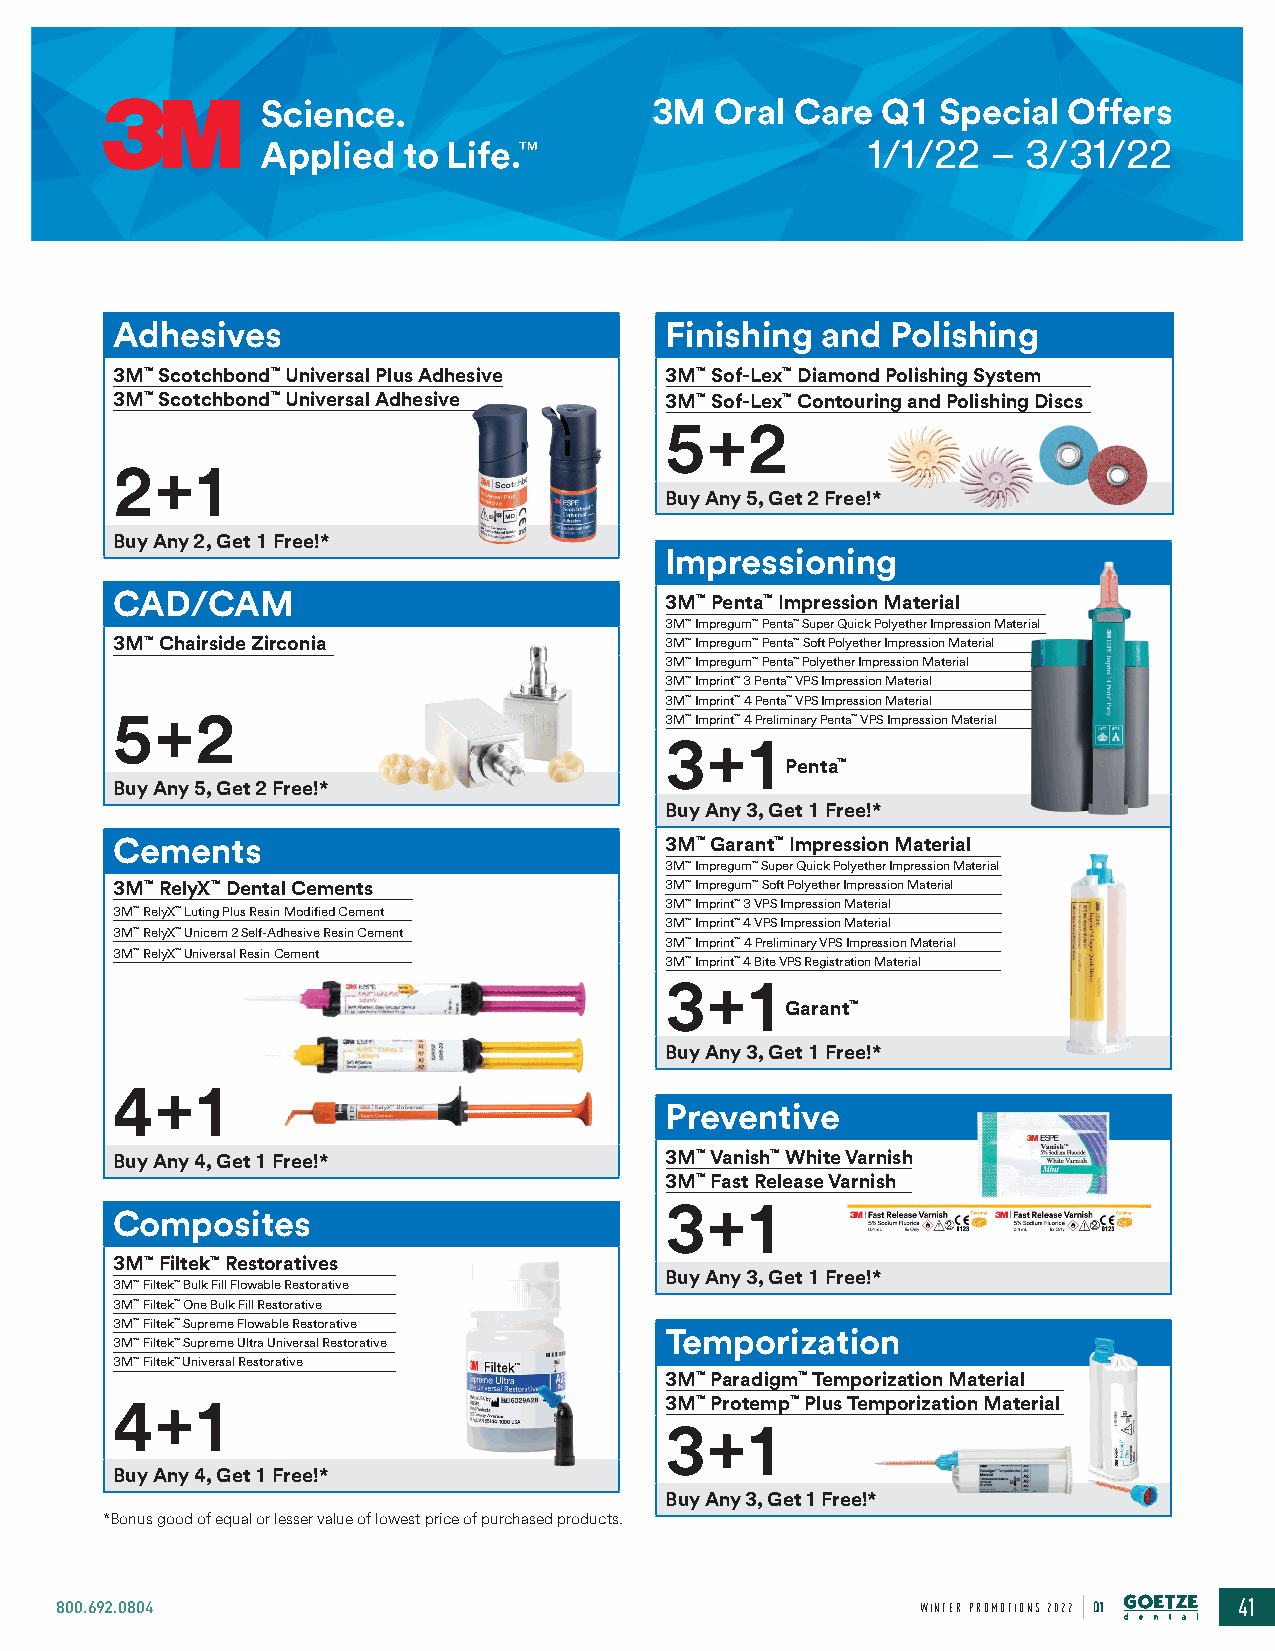
3M   Oral Care  Q1 Special  Offers
 1/1/22  – 3/31/22
 Adhesives                           Finishing  and Polishing
 3M™ Scotchbond™ Universal Plus Adhesive 3M™ Sof-Lex™ Diamond Polishing System
 3M™ Scotchbond™ Universal Adhesive  3M™ Sof-Lex™ Contouring and Polishing Discs
 5+2
 2+1
 Buy Any 5, Get 2 Free!*
 Buy Any 2, Get 1 Free!*
 Impressioning
 CAD/CAM                             3M™ Penta™ Impression Material
 3M™ Impregum™ Penta™ Super Quick Polyether Impression Material
 3M™ Chairside Zirconia              3M™ Impregum™ Penta™ Soft Polyether Impression Material
 3M™ Impregum™ Penta™ Polyether Impression Material
 3M™ Imprint™ 3 Penta™ VPS Impression Material
 3M™ Imprint™ 4 Penta™ VPS Impression Material
 5+2                                 3M™ Imprint™ 4 Preliminary Penta™ VPS Impression Material
 3+1
 Penta™
 Buy Any 5, Get 2 Free!*
 Buy Any 3, Get 1 Free!*
 Cements                             3M™ Garant™ Impression Material
 3M™ Impregum™ Super Quick Polyether Impression Material
 3M™ RelyX™ Dental Cements           3M™ Impregum™ Soft Polyether Impression Material
 3M™ Imprint™ 3 VPS Impression Material
 3M™ RelyX™ Luting Plus Resin Modified Cement
 3M™ Imprint™ 4 VPS Impression Material
 3M™ RelyX™ Unicem 2 Self-Adhesive Resin Cement
 3M™ Imprint™ 4 Preliminary VPS Impression Material
 3M™ RelyX™ Universal Resin Cement
 3M™ Imprint™ 4 Bite VPS Registration Material
 3+1
 Garant™
 Buy Any 3, Get 1 Free!*
 4+1
 Preventive
 Buy Any 4, Get 1 Free!*             3M™ Vanish™ White Varnish
 3M™ Fast Release Varnish
 3+1
 Composites
 3M™ Filtek™ Restoratives
 Buy Any 3, Get 1 Free!*
 3M™ Filtek™ Bulk Fill Flowable Restorative
 3M™ Filtek™ One Bulk Fill Restorative
 3M™ Filtek™ Supreme Flowable Restorative
 Temporization
 3M™ Filtek™ Supreme Ultra Universal Restorative
 3M™ Filtek™ Universal Restorative
 3M™ Paradigm™ Temporization Material
 4+1                                 3M™ Protemp™ Plus Temporization Material
 3+1
 Buy Any 4, Get 1 Free!*
 Buy Any 3, Get 1 Free!*
 *Bonus good of equal or lesser value of lowest price of purchased products.
 800.692.0804                                             WINTER PROMOTIONS 2022 Q1 41